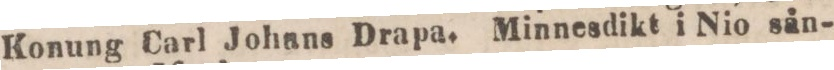
Konung Carl Johans Drapa. Minnesdikt i Nio sån-